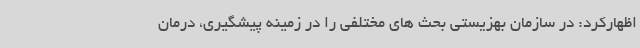
اظهارکرد: در سازمان بهزیستی بحث های مختلفی را در زمینه پیشگیری، درمان